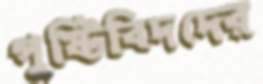
পুষ্টিবিদদের